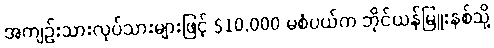
အကျဉ်းသားလုပ်သားများဖြင့် $10,000 မစံပယ်က ဘိုင်ယန်မြူးနစ်သို့